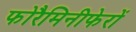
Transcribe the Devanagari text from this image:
फोरैमिनीफेरों